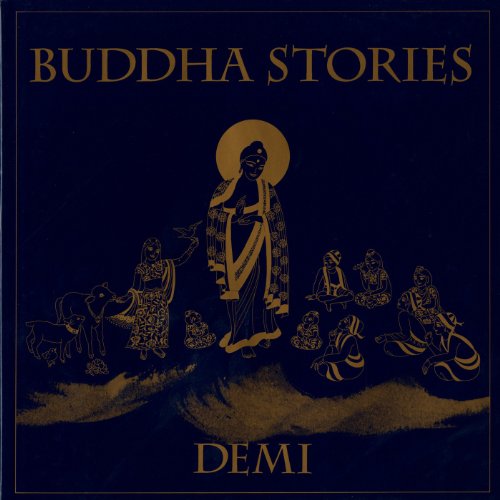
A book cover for Buddha Stories; Demi; Children's Books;